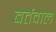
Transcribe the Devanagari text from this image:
बर्तवाल